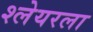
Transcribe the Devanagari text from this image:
श्लेयरला